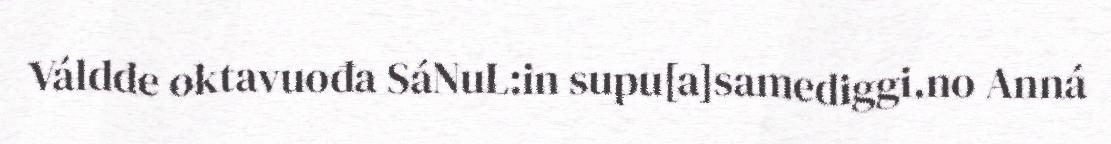
Váldde oktavuođa SáNuL:in supu[a]samediggi.no Anná